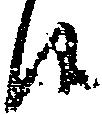
候